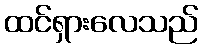
ထင်ရှားလေသည်